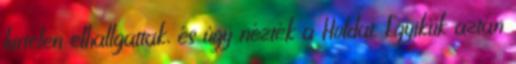
hirtelen elhallgattak, és úgy nézték a Holdat. Egyikük aztán